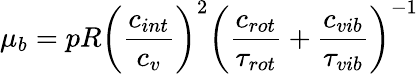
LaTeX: \mu_{b}=pR\left(\frac{c_{int}}{c_{v}}\right)^{2}\left(\frac{c_{rot}}{\tau_{rot}}+\frac{c_{vib}}{\tau_{vib}}\right)^{-1}